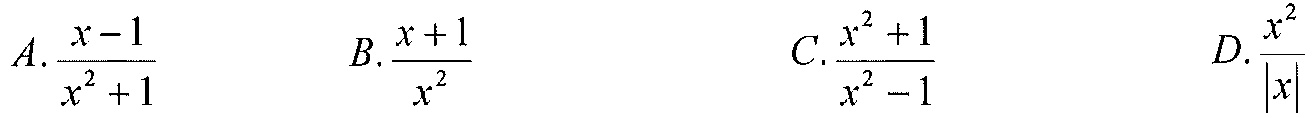
\(A.\frac{x - 1}{x^{2}+1}\)  \(B.\frac{x + 1}{x^{2}}\)  \(C.\frac{x^{2}+1}{x^{2}-1}\)  \(D.\frac{x^{2}}{\vert x\vert}\)